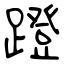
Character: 蹬